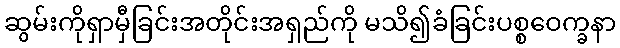
ဆွမ်းကိုရှာမှီခြင်းအတိုင်းအရှည်ကို မသိ၍ခံခြင်းပစ္စဝေက္ခနာ